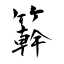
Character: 簳